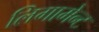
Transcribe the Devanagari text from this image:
लिगामेन्ट